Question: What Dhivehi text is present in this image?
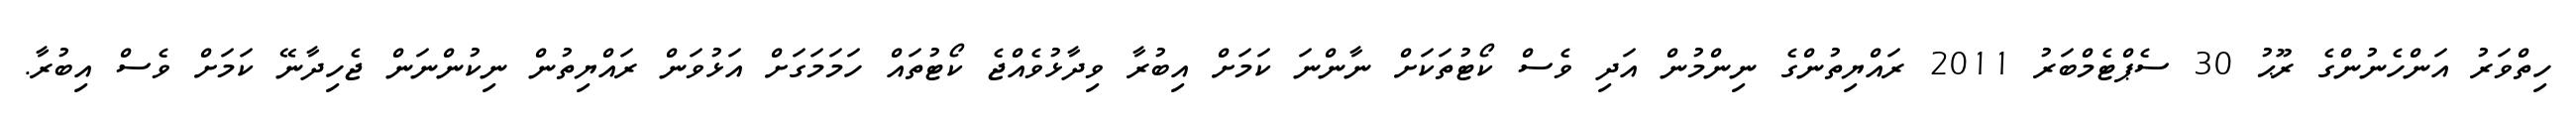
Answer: ހިތްވަރު އަންހެނުންގެ ރޫޙު 30 ސެޕްޓެމްބަރު 2011 ރައްޔިތުންގެ ނިންމުން އަދި ވެސް ކޯޓުތަކަށް ނާންނަ ކަމަށް އިބުރާ ވިދާޅުވެއްޖެ ކޯޓުތައް ހަމަމަގަށް އަޅުވަން ރައްޔިތުން ނިކުންނަން ޖެހިދާނޭ ކަމަށް ވެސް އިބުރާ.